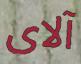
آلاى